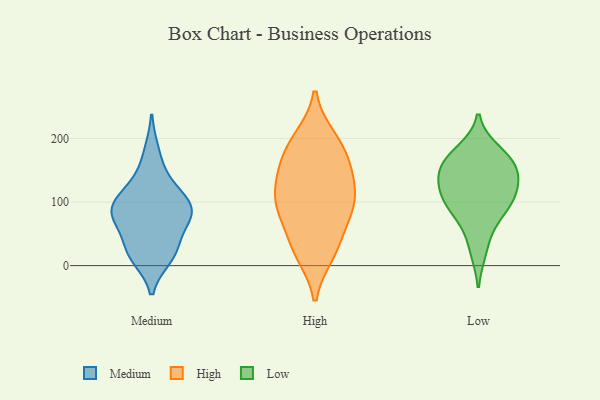
{"axis": {"x": "Headcount", "y": "Value"}, "legend": ["High", "Low", "Medium"], "data": [{"x": "", "y": 85, "type": "Medium"}, {"x": "", "y": 23, "type": "Medium"}, {"x": "", "y": 109, "type": "Medium"}, {"x": "", "y": 69, "type": "Medium"}, {"x": "", "y": 14, "type": "Medium"}, {"x": "", "y": 82, "type": "Medium"}, {"x": "", "y": 112, "type": "Medium"}, {"x": "", "y": 178, "type": "Medium"}, {"x": "", "y": 82, "type": "Medium"}, {"x": "", "y": 80, "type": "Medium"}, {"x": "", "y": 26, "type": "Medium"}, {"x": "", "y": 21, "type": "Medium"}, {"x": "", "y": 91, "type": "Medium"}, {"x": "", "y": 139, "type": "Medium"}, {"x": "", "y": 87, "type": "High"}, {"x": "", "y": 197, "type": "High"}, {"x": "", "y": 101, "type": "High"}, {"x": "", "y": 103, "type": "High"}, {"x": "", "y": 161, "type": "High"}, {"x": "", "y": 24, "type": "High"}, {"x": "", "y": 123, "type": "High"}, {"x": "", "y": 150, "type": "High"}, {"x": "", "y": 73, "type": "High"}, {"x": "", "y": 180, "type": "High"}, {"x": "", "y": 92, "type": "High"}, {"x": "", "y": 19, "type": "High"}, {"x": "", "y": 31, "type": "High"}, {"x": "", "y": 200, "type": "High"}, {"x": "", "y": 141, "type": "High"}, {"x": "", "y": 174, "type": "Low"}, {"x": "", "y": 181, "type": "Low"}, {"x": "", "y": 137, "type": "Low"}, {"x": "", "y": 150, "type": "Low"}, {"x": "", "y": 124, "type": "Low"}, {"x": "", "y": 160, "type": "Low"}, {"x": "", "y": 96, "type": "Low"}, {"x": "", "y": 153, "type": "Low"}, {"x": "", "y": 23, "type": "Low"}, {"x": "", "y": 115, "type": "Low"}, {"x": "", "y": 103, "type": "Low"}, {"x": "", "y": 63, "type": "Low"}, {"x": "", "y": 90, "type": "Low"}]}